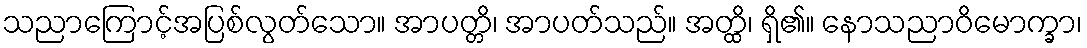
သညာကြောင့်အပြစ်လွတ်သော။ အာပတ္တိ၊ အာပတ်သည်။ အတ္ထိ၊ ရှိ၏။ နောသညာဝိမောက္ခာ၊